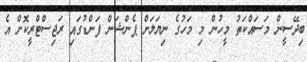
ބިދޭސީން މަސައްކަތު މީހުން މި މަހުގެ ނިޔަލަށް ޕެންޝަން ފަންޑުގައި ރަޖިސްޓްރީކޮށް އެ